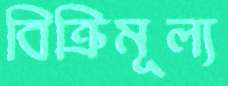
বিক্রিমূল্য